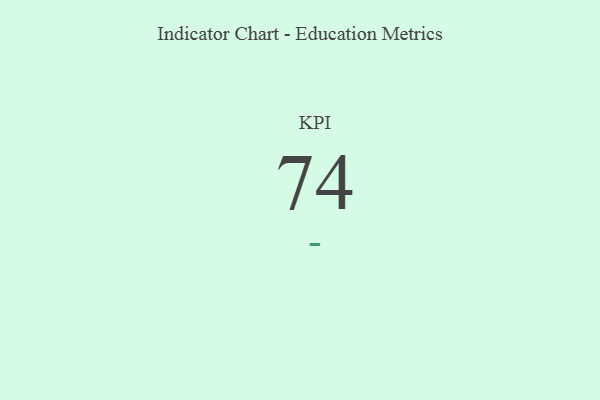
{"axis": {"x": "KPI", "y": "Value"}, "legend": [""], "data": [{"x": "KPI", "y": 74, "type": ""}]}